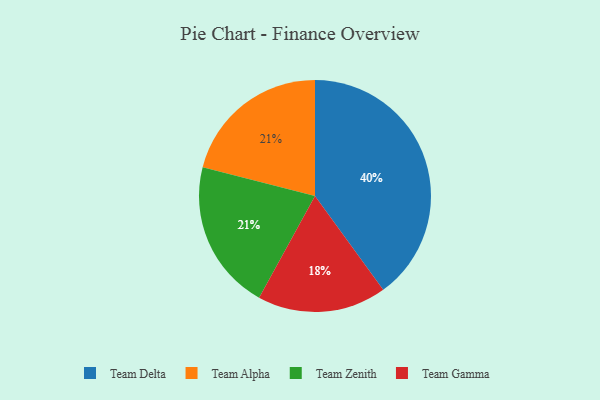
{"axis": {"x": "Category", "y": "Percentage"}, "legend": ["Team Alpha", "Team Delta", "Team Gamma", "Team Zenith"], "data": [{"x": "Team Alpha", "y": 21, "type": "Team Alpha"}, {"x": "Team Gamma", "y": 18, "type": "Team Gamma"}, {"x": "Team Zenith", "y": 21, "type": "Team Zenith"}, {"x": "Team Delta", "y": 40, "type": "Team Delta"}]}